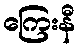
ကြေးနီ